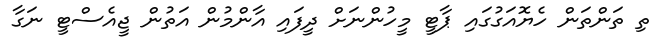
ތި ތަންތަން ހެޔޮއަގުގައި ޕާޓީ މީހުންނަށް ދީފައި އާންމުން އަތުން ޖީއެސްޓީ ނަގާ